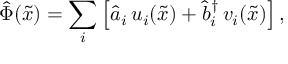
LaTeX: { \hat { \Phi } } ( { \tilde { x } } ) = \sum _ { i } \left[ { \hat { a } } _ { i } \, u _ { i } ( { \tilde { x } } ) + { \hat { b } } _ { i } ^ { \dag } \, v _ { i } ( { \tilde { x } } ) \right] ,